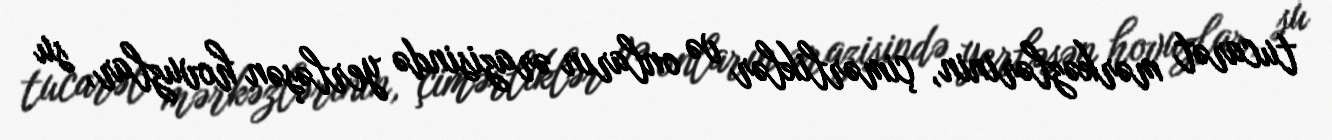
tucarət mərkəzlərinin, çimərliklər və onların ərazisində yerləşən hovuzlar, su